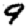
Digit: 9